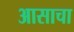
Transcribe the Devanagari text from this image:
आसाचा